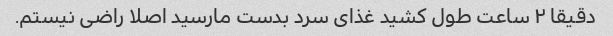
دقیقا ۲ ساعت طول کشید غذای سرد بدست مارسید اصلا راضی نیستم.